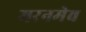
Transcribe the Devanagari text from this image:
मरनमेव